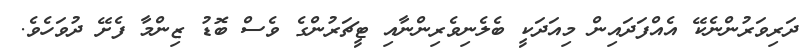
ދަރިވަރުންނެކޭ އެއްފަދައިން މިއަދަކީ ބެލެނިވެރިންނާއި ޓީޗަރުންގެ ވެސް ބޮޑު ޒިންމާ ފެށޭ ދުވަހެވެ.